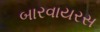
બારવાયરસ